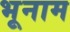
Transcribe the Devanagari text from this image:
भूनाम